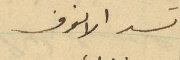
تسد الانوف